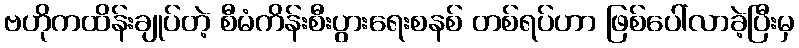
ဗဟိုကထိန်းချုပ်တဲ့ စီမံကိန်းစီးပွားရေးစနစ် တစ်ရပ်ဟာ ဖြစ်ပေါ်လာခဲ့ပြီးမှ